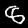
Label: 8